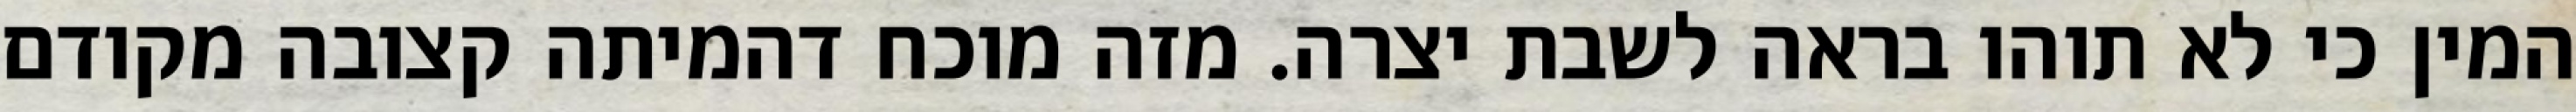
המין כי לא תוהו בראה לשבת יצרה. מזה מוכח דהמיתה קצובה מקודם